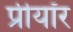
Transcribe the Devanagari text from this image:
प्रीयॉर